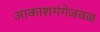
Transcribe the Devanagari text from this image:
आकाशगंगेजवळ